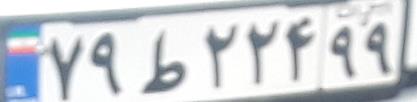
۷۹ط۲۲۴۹۹